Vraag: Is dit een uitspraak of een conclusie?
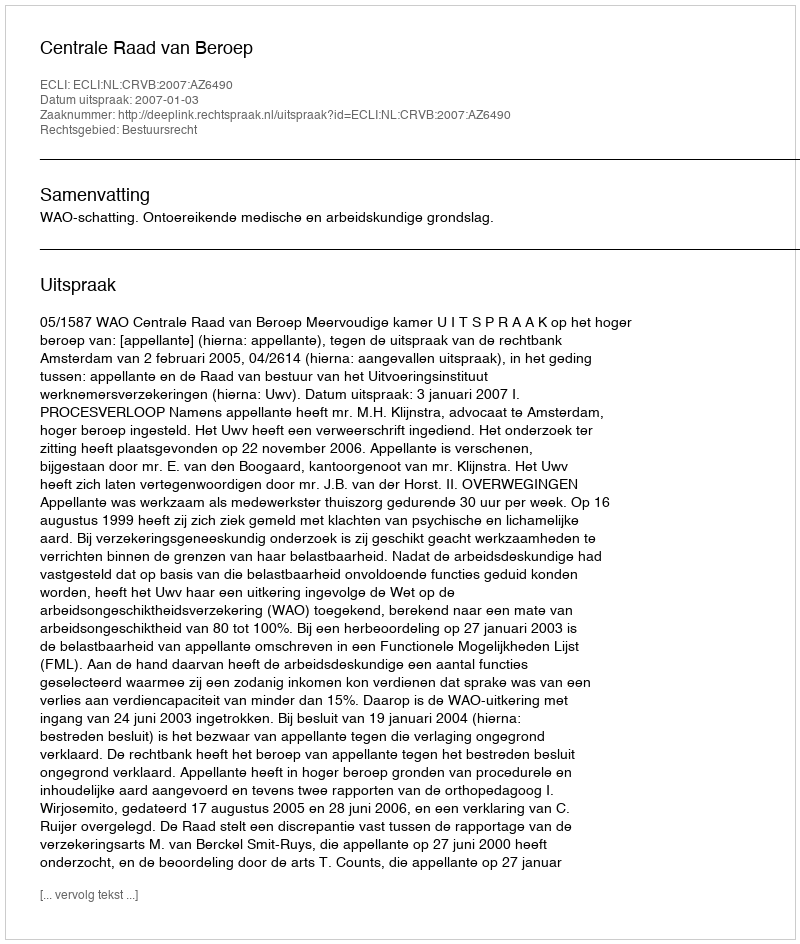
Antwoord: Uitspraak